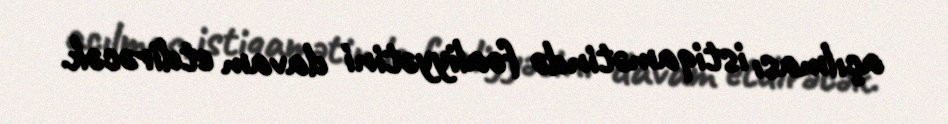
açılması istiqamətində fəaliyyətini davam etdirəcək.